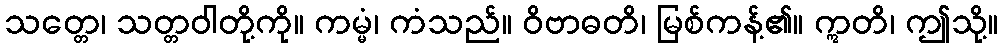
သတ္တေ၊ သတ္တဝါတို့ကို။ ကမ္မံ၊ ကံသည်။ ဝိဗာဓတိ၊ မြစ်ကန့်၏။ ဣတိ၊ ဤသို့။